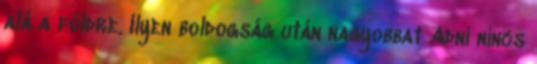
alá a földre. Ilyen boldogság után nagyobbat Adni nincs